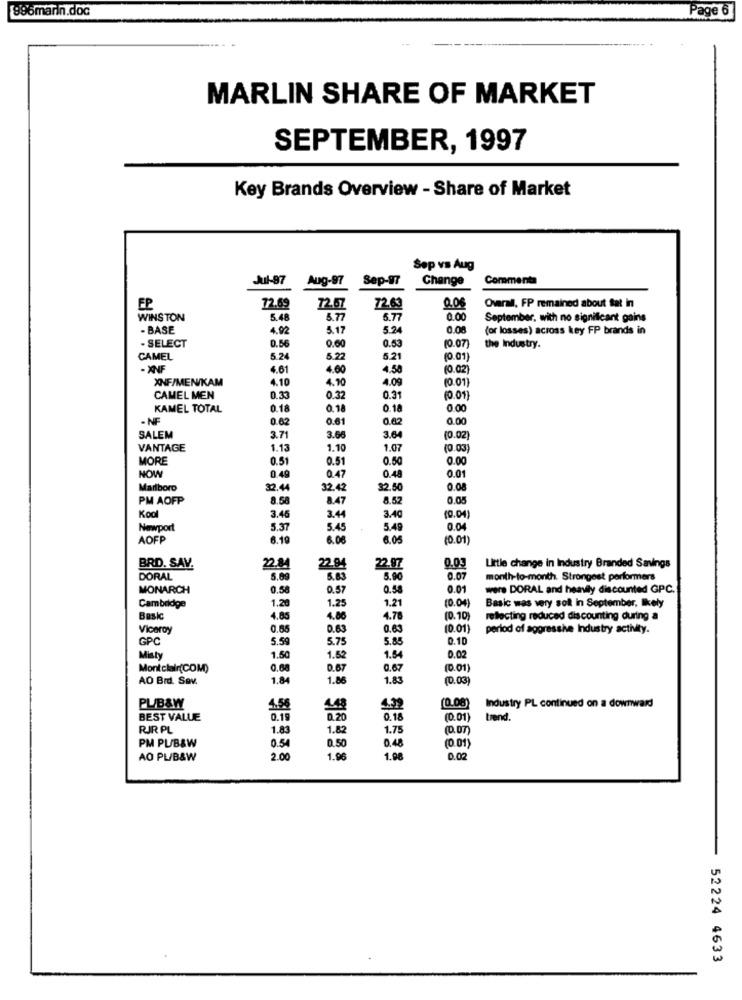
986marin.doc
Page 6
MARLIN SHARE OF MARKET
SEPTEMBER, 1997
Key Brands Overview - Share of Market
Sep vs Aug
Jul-97
Aug-97
Sep-97
Change
Commenta
FP
72.69
7257
72.63
0.06
Overall, FP remained about fat in
WINSTON
5.48
6.77
6.77
0.00
September, with no significant gains
- BASE
4.92
5.17
5.24
0.08
(or losses) across key FP brands in
. SELECT
0.56
0.60
0.53
(0.07)
the Industry.
CAMEL
5.24
5.22
5.21
(0.01)
- XNF
4.61
4.00
4.50
(0.02)
XNF/MEN/KAM
4.10
4.90
4.09
(0.01)
CAMEL MEN
0.33
0.32
0.31
(0.01)
KAMEL TOTAL
0.18
0.18
0.18
0.00
- NF
0.62
0.61
0.82
0.00
SALEM
3.71
3.66
3.64
(0.02)
VANTAGE
1.13
1.10
1.07
(0.03)
MORE
0.51
0.51
0.50
0.00
0.48
0.01
NOW
0.49
Q.47
Marlboro
32.4
32.42
32.50
0.08
PM AOFP
8.58
8.47
8.52
0.05
Kool
3.40
3.46
3.44
(0.04)
Newport
5.37
5.45
5.49
0.04
AOFP
6.19
6.08
6.05
(0.01
BRD. SAV.
22.84
22.94
22.97
0.03
Little change in Industry Branded Savings
DORAL
5.09
5.83
5.90
0.07
month-to-month. Strongest performers
MONARCH
0.58
0.57
0.58
0.01
were DORAL and heavily discounted GPC.
1.20
10.04)
Cambridge
1.25
1.21
Basic was very solt in September, likely
Basic
4.85
4.86
4.78
(0.10)
reflecting reduced discounting during a
Viceroy
0.65
0.63
0.63
(0.01)
period of aggressive Industry activity.
GPC
5.59
5.75
5.85
0.10
Misty
1.50
1.52
1.54
0.02
Montclair(COM)
0.68
0.67
0.67
(D.01)
AO Brd. Sav.
1.84
1.8
1.83
(0.03)
PUB&W
4.56
(0.08)
Industry PL continued on a downward
BEST VALUE
0.19
0.20
0.18
(0.01)
trend.
RIR PL
1.83
1.82
1.75
(D.DT
PM PU/B&W
0.54
0.50
0.48
(0.01)
AO PL/B&W
2.0
1.96
1.98
0.02
52224 4633